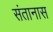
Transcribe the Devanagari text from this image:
संतानास